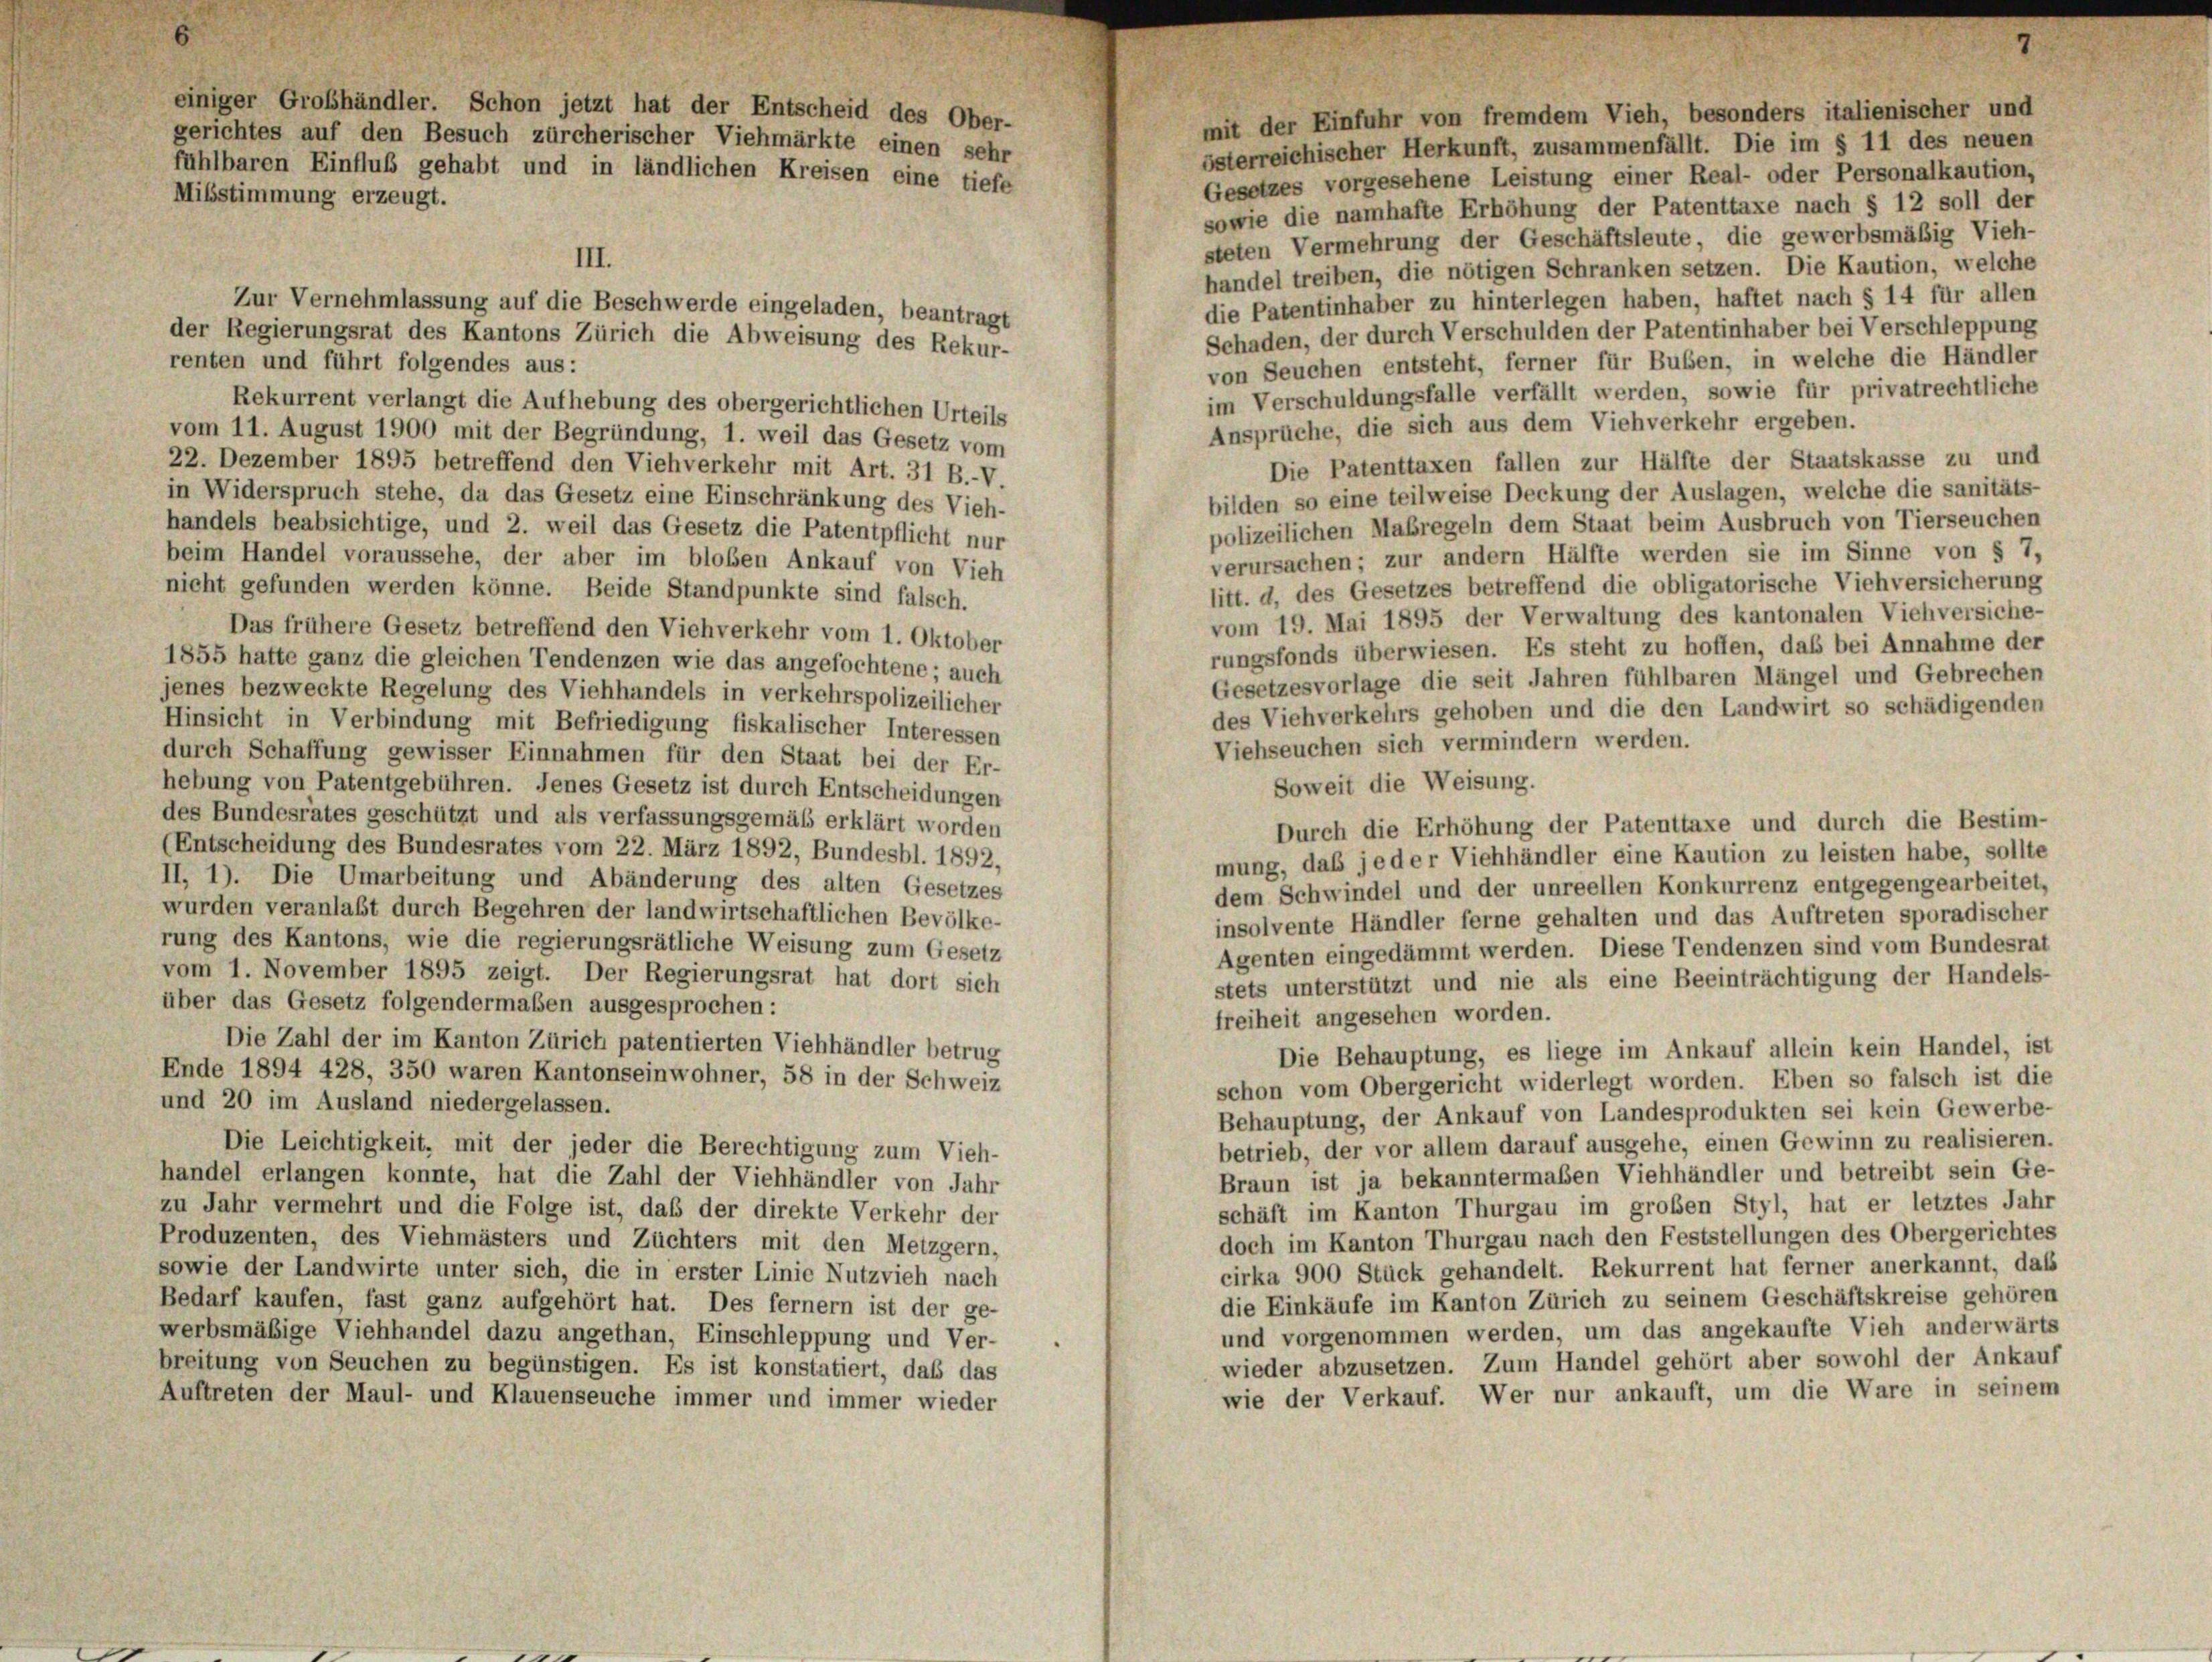
einiger Grobhändler. Schon jetzt hat der Entscheid des Ober-
gerichtes auf den Besuch zürcherischer Viehmärkte einen sehr
fühlbaren Einfluß gehabt und in ländlichen Kreisen eine tiefe
Mibstimmung erzeugt.

Gesetzes vorgesehene Leistung einer Real- oder Personalkaution,
sowie die namhafte Erhöhung der Patenttaxe nach § 12 soll der
steten Vermehrung der Geschäftsleute, die gewerbsmäßig Vieh-
III.
handel treiben, die nötigen Schranken setzen. Die Kaution, welche
die Patentinhaber zu hinterlegen haben, haftet nach § 14 für allen
Zur Vernehmlassung auf die Beschwerde eingeladen, beantragt
Schaden, der durch Verschulden der Patentinhaber bei Verschleppung
der Regierungsrat des Kantons Zürich die Abweisung des Rekur-
renten und führt folgendes aus:
von Seuchen entsteht, ferner für Buben, in welche die Händler
im Verschuldungsfalle verfällt werden, sowie für privatrechtliche
Rekurrent verlangt die Aufhebung des obergerichtlichen Urteils
Ansprüche, die sich aus dem Viehverkehr ergeben.
vom 11. August 1900 mit der Begründung, 1. weil das Gesetz vom
Die Patenttaxen fallen zur Hälfte der Staatskasse zu und
22. Dezember 1895 betreffend den Viehverkehr mit Art. 31 B.-V.
bilden so eine teilweise Deckung der Auslagen, welche die sanitäts-
in Widerspruch stehe, da das Gesetz eine Einschränkung des Vieh-
polizeilichen Maßregeln dem Staat beim Ausbruch von Tierseuchen
handels beabsichtige, und 2. weil das Gesetz die Patentpflicht nur
verursachen; zur andern Hälfte werden sie im Sinne von § 7,
beim Handel voraussehe, der aber im bloßen Ankauf von Vieh
litt. d, des Gesetzes betreffend die obligatorische Viehversicherung
nicht gefunden werden könne. Beide Standpunkte sind falsch.
vom 19. Mai 1895 der Verwaltung des kantonalen Viehversiche-
Das frühere Gesetz betreffend den Viehverkehr vom 1. Oktober
rungsfonds überwiesen. Es steht zu hoffen, daß bei Annahme der
1855 hatte ganz die gleichen Tendenzen wie das angefochtene; auch
Gesetzesvorlage die seit Jahren fühlbaren Mängel und Gebrechen
jenes bezweckte Regelung des Viehhandels in verkehrspolizeilicher
des Viehverkehrs gehoben und die den Landwirt so schädigenden
Hinsicht in Verbindung mit Befriedigung fiskalischer Interessen
Viehseuchen sich vermindern werden.
durch Schaffung gewisser Einnahmen für den Staat bei der Er-
Soweit die Weisung.
hebung von Patentgebühren. Jenes Gesetz ist durch Entscheidungen
des Bundesrates geschützt und als verfassungsgemäß erklärt worden
Durch die Erhöhung der Patenttaxe und durch die Bestim-
(Entscheidung des Bundesrates vom 22. März 1892, Bundesbl. 1892,
mung, daß jeder Viehhändler eine Kaution zu leisten habe, sollte
II, 1). Die Umarbeitung und Abänderung des alten Gesetzes
dem Schwindel und der unreellen Konkurrenz entgegengearbeitet
wurden veranlaßt durch Begehren der landwirtschaftlichen Bevölke-
insolvente Händler ferne gehalten und das Auftreten sporadischer
rung des Kantons, wie die regierungsrätliche Weisung zum Gesetz
Agenten eingedämmt werden. Diese Tendenzen sind vom Bundesrat
vom 1. November 1895 zeigt. Der Regierungsrat hat dort sich
stets unterstützt und nie als eine Beeinträchtigung der Handels
über das Gesetz folgendermaßen ausgesprochen:
freiheit angesehen worden.
Die Zahl der im Kanton Zürich patentierten Viehhändler betrug
Die Behauptung, es liege im Ankauf allein kein Handel, ist
Ende 1894 428, 350 waren Kantonseinwohner, 58 in der Schweiz
schon vom Obergericht widerlegt worden. Eben so falsch ist die
und 20 im Ausland niedergelassen.
Behauptung, der Ankauf von Landesprodukten sei kein Gewerbe
betrieb, der vor allem darauf ausgehe, einen Gewinn zu realisieren
Die Leichtigkeit, mit der jeder die Berechtigung zum Vieh-
Braun ist ja bekanntermaßen Viehhändler und betreibt sein Ge
handel erlangen konnte, hat die Zahl der Viehhändler von Jahr
schäft im Kanton Thurgau im großen Styl, hat er letztes Jah
zu Jahr vermehrt und die Folge ist, daß der direkte Verkehr der
doch im Kanton Thurgau nach den Feststellungen des Obergerichter
Produzenten, des Viehmästers und Züchters mit den Metzgern,
cirka 900 Stück gehandelt. Rekurrent hat ferner anerkannt, das
sowie der Landwirte unter sich, die in erster Linie Nutzvieh nach
die Einkäufe im Kanton Zürich zu seinem Geschäftskreise gehöre
Bedarf kaufen, fast ganz aufgehört hat. Des fernem ist der ge-
und vorgenommen werden, um das angekaufte Vieh anderwärt
werbsmäßige Viehhandel dazu angethan, Einschleppung und Ver-
wieder abzusetzen. Zum Handel gehört aber sowohl der Ankau
breitung von Seuchen zu begünstigen. Es ist konstatiert, daß das
wie der Verkauf. Wer nur ankauft, um die Ware in seinen
Auftreten der Maul- und Klauenseuche immer und immer wieder

mit der Einfuhr von fremdem Vieh, besonders italienischer und
österreichischer Herkunft, zusammenfällt. Die im § 11 des neuen